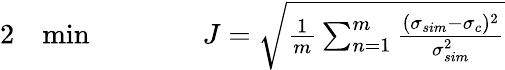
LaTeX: \begin{array}{rlrl}{{2}}&{{}\! \operatorname*{min}}&{\qquad}&{{}J=\sqrt{\frac{1}{m}\sum_{n=1}^{m}\frac{(\sigma_{sim}-\sigma_{c})^{2}}{\sigma_{sim}^{2}}}}\end{array}